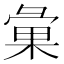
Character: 𢑥